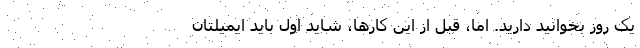
یک روز بخوانید دارید. اما، قبل از این کارها، شاید اول باید ایمیلتان